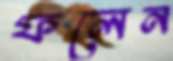
ফলেন